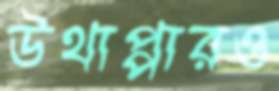
উথাপ্পারও